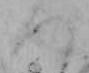
つ